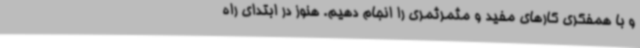
و با همفکری کارهای مفید و مثمرثمری را انجام دهیم. هنوز در ابتدای راه